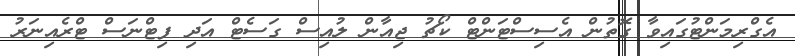
އެގްރިމަންޓުގައިވާ ގޮތުން އެސިސްޓަންޓް ކޯޗު ޖިއާން ލުއިސް ގަސެޓް އަދި ފިޓްނަސް ޓްރެއިނަރު